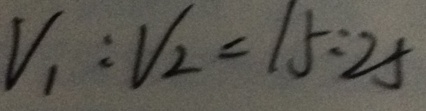
V _ { 1 } : V _ { 2 } = 1 5 : 2 5